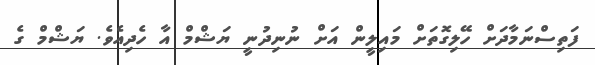
ފަތިސްނަމާދަށް ހޭލިގޮތަށް މައިލީން އަށް ނުނިދުނީ ޔަޝްމް އާ ހެދިއެވެ. ޔަޝްމް ގެ